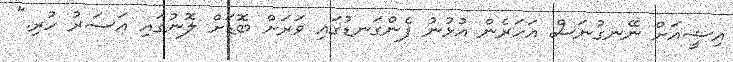
އިޝީއަށް ނޭނގުނަސް އަހަރެން އުޅުނު ފެންގަނޑުގައި ވަރަށް ބޮޑަށް ލޮނުގައި އަސަރު ހުރި."